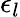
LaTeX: \epsilon_{l}